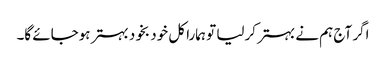
اگر آج ہم نے بہتر کرلیا تو ہمارا کل خود بخود بہتر ہوجائے گا۔